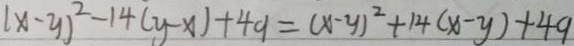
( x - y ) ^ { 2 } - 1 4 ( y - x ) + 4 9 = ( x - y ) ^ { 2 } + 1 4 ( x - y ) + 4 9